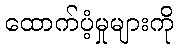
ထောက်ပံ့မှုများကို